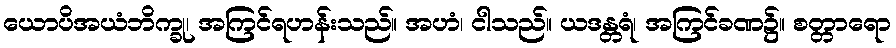
ယောပိအယံဘိက္ခု၊ အကြင်ရဟန်းသည်။ အဟံ၊ ငါသည်။ ယဒန္တရံ၊ အကြင်ခဏ၌။ စတ္တာရော